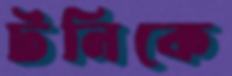
টনিকে